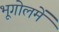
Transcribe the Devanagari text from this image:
भूगोलमें